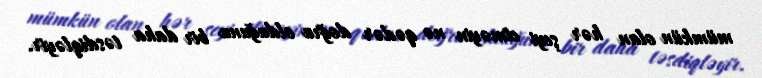
mümkün olan hər şeyi etməyin nə qədər doğru olduğunu bir daha təsdiqləyir.